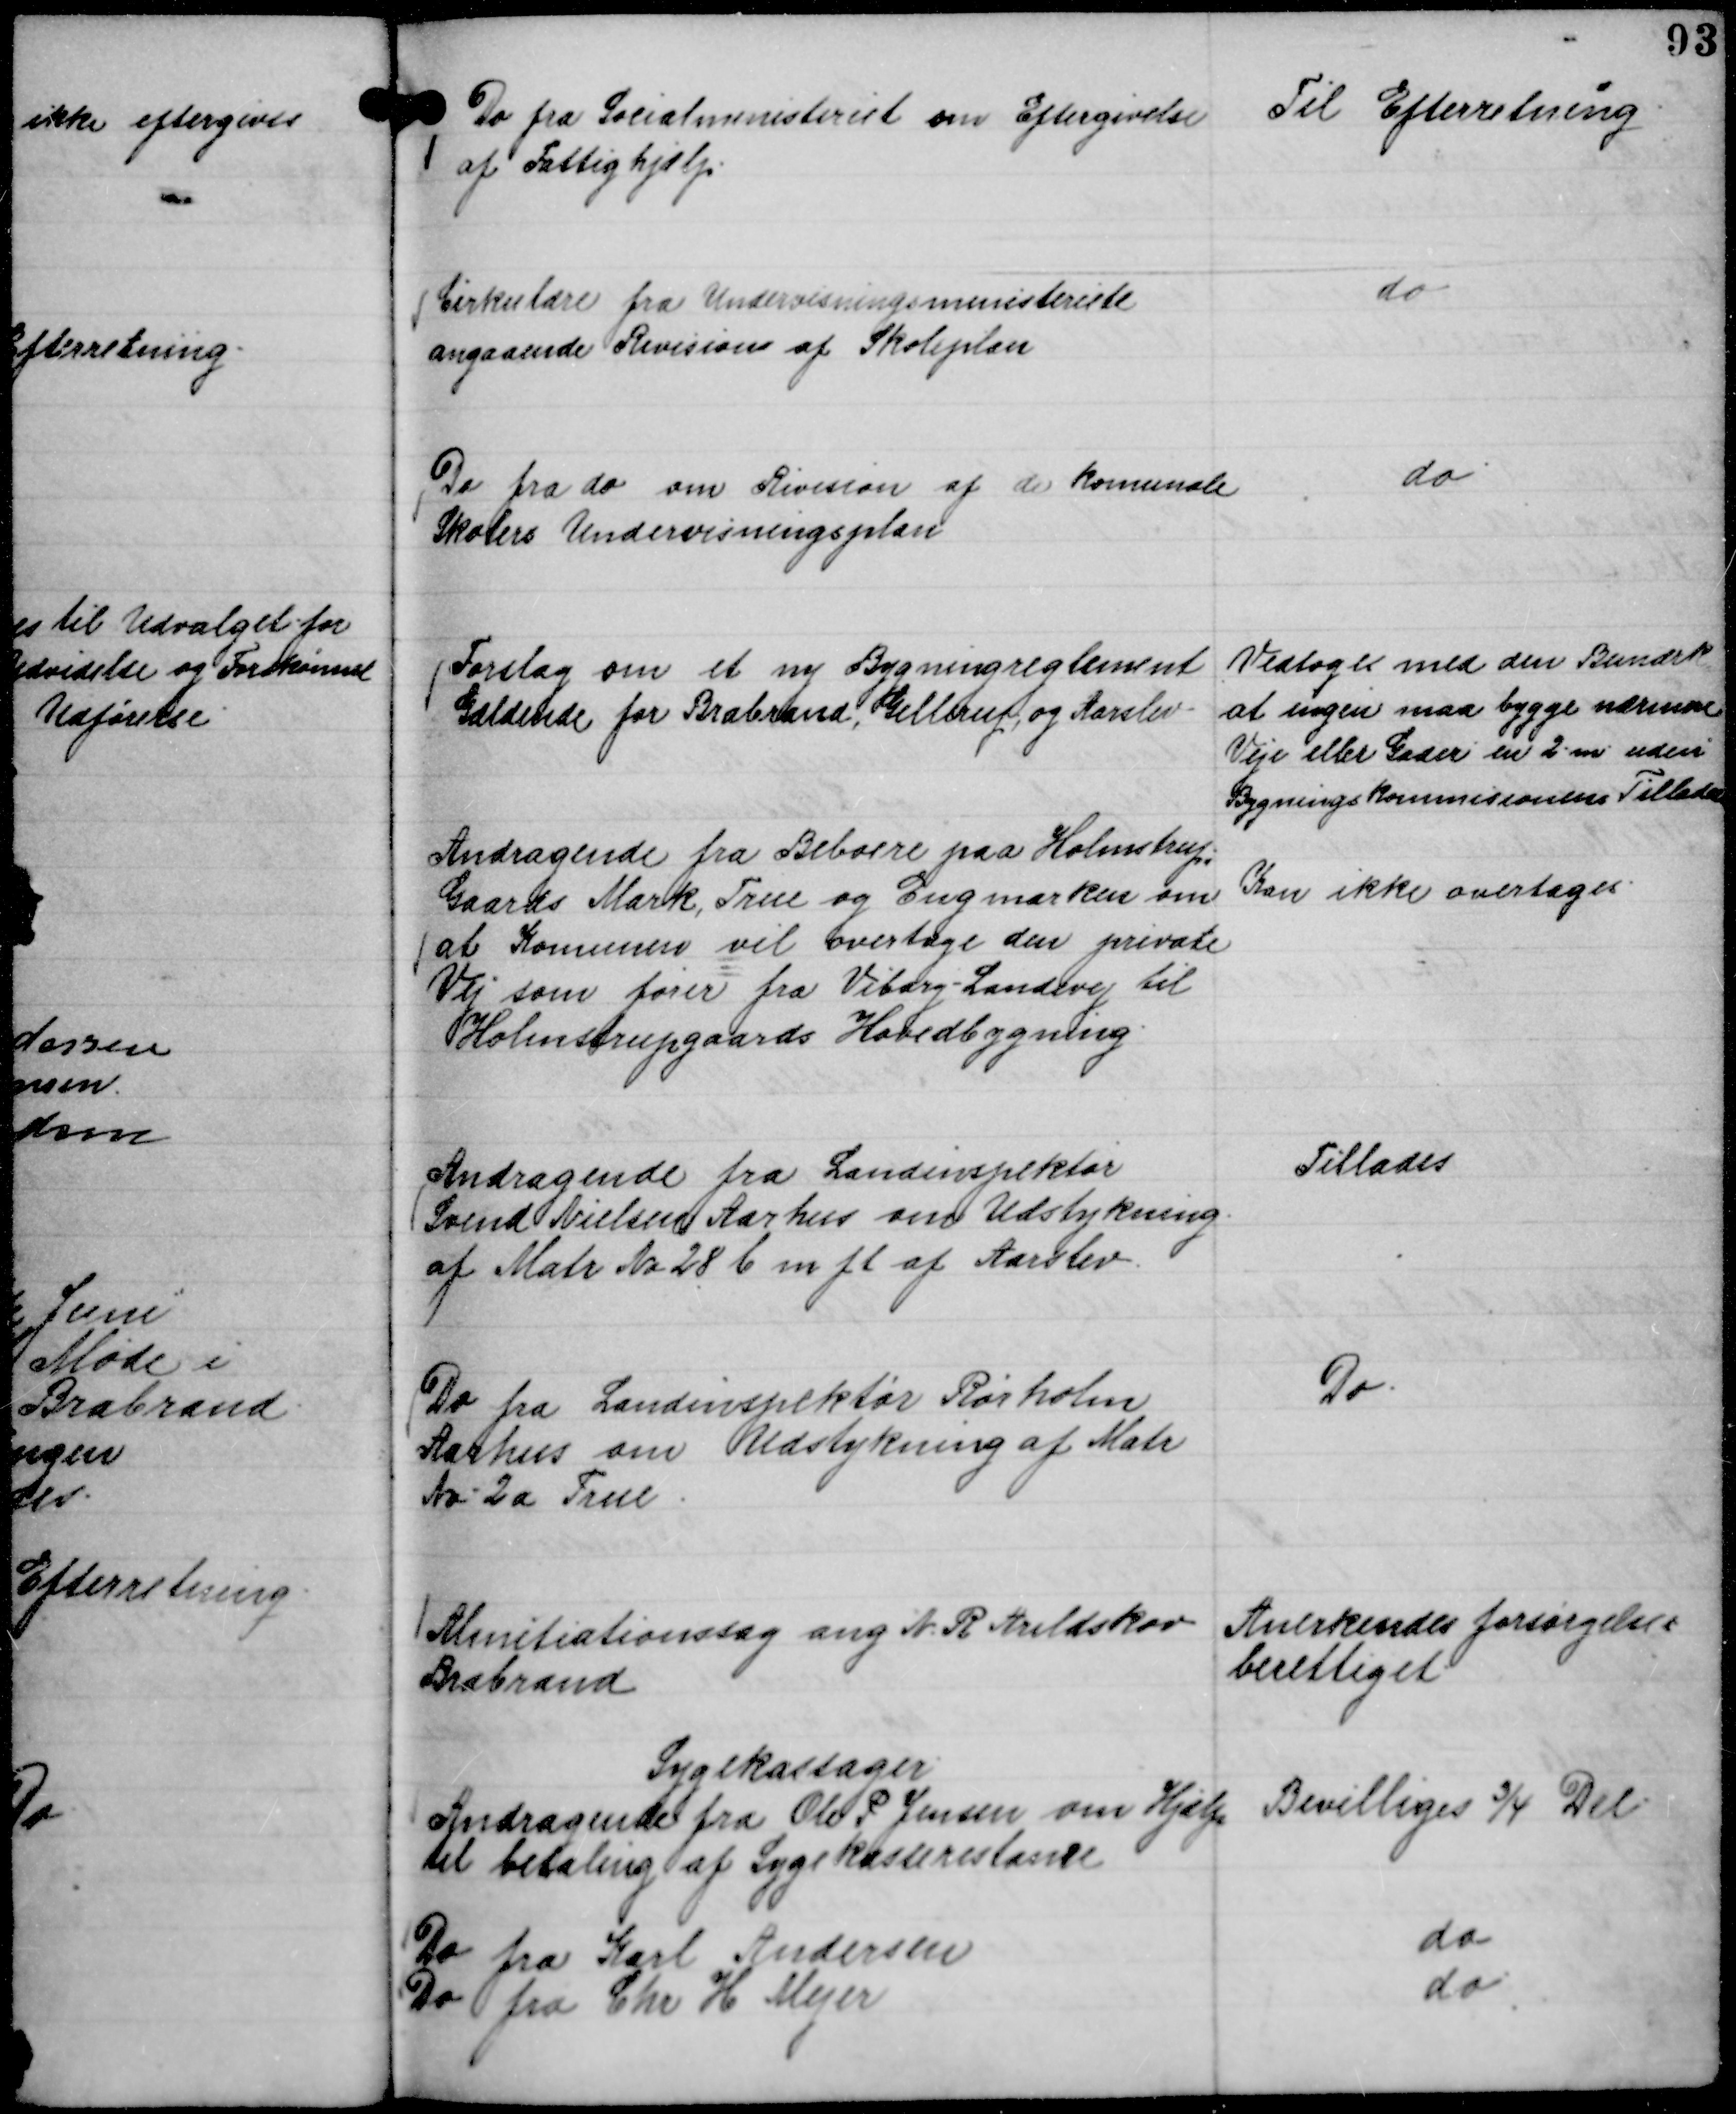
Transskription:
Do fra Socialministeriet om Eftergivelse
af Fattighjælp.

Til Efterretning.

Cirkulære fra Undervisningsministeriet
angaaende Revision af Skoleplan

do

Do fra do om Revision af de komunale
Skolers Undervisningsplan

do

Forslag om et ny Bygningreglement
Gældende for Brabrand, Gellerup og Aarslev

Vedtoges med den Bemærk
at ingen maa bygge nærmere
Veje eller Gader en 2 m uden
Bygningskommisionens Tilladelse

Andragende fra Beboere paa Holmstrup,,
Gaards Mark, True og Engmarken om
at Komunen vil overtage den private
Vej som fører fra Viborg - Landevej til
Holmstrupgaards Hovedbygning.

Kan ikke overtages.

Andragende fra Landinspektør
Svend Nielsen Aarhus om Udstykning
af Matr No 28 b m fl af Aarslev.

Tillades

Do fra Landinspektør Rørholm
Aarhus om Udstykning af Matr
No. 2 a True.

Do.

Almitiationssag ang N. R. Arildskov
Brabrand

Anerkendes forsørgelses
berettiget.

Sygekassager
Andragende fra Ole P Jensen om Hjælp
til betaling af Sygekasserestance
Bevilliges ¾ Del.
Do fra Karl Andersen
do
Do fra Chr H Mejer
do